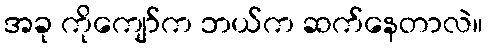
အခု ကိုကျော်က ဘယ်က ဆက်နေတာလဲ။